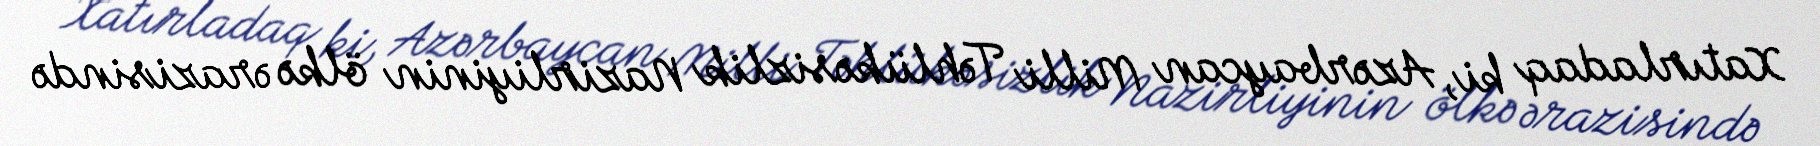
Xatırladaq ki, Azərbaycan Milli Təhlükəsizlik Nazirliyinin ölkə ərazisində